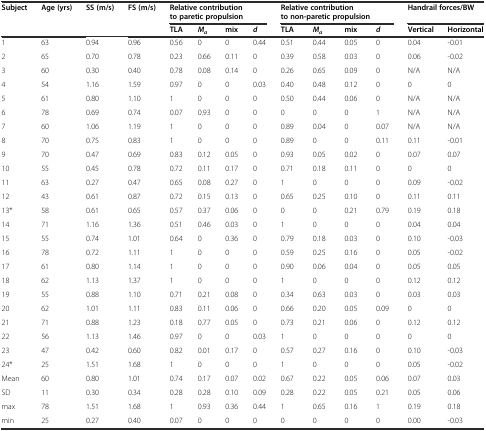
<table><thead><tr><td><b>Subject</b></td><td rowspan="2"><b>Age (yrs)</b></td><td><b>SS (m/s)</b></td><td><b>FS (m/s)</b></td><td colspan="4"><b>Relative contribution to paretic propulsion</b></td><td colspan="4"><b>Relative contribution to non-paretic propulsion</b></td><td colspan="2"><b>Handrail forces/BW</b></td></tr><tr><td></td><td></td><td></td><td><b>TLA</b></td><td><b><i>M</i><sub><i>a</i></sub></b></td><td><b>mix</b></td><td><b><i>d</i></b></td><td><b>TLA</b></td><td><b><i>M</i><sub><i>a</i></sub></b></td><td><b>mix</b></td><td><b><i>d</i></b></td><td><b>Vertical</b></td><td><b>Horizontal</b></td></tr></thead><tbody><tr><td>1</td><td>63</td><td>0.94</td><td>0.96</td><td>0.56</td><td>0</td><td>0</td><td>0.44</td><td>0.51</td><td>0.44</td><td>0.05</td><td>0</td><td>0.04</td><td>-0.01</td></tr><tr><td>2</td><td>65</td><td>0.70</td><td>0.78</td><td>0.23</td><td>0.66</td><td>0.11</td><td>0</td><td>0.39</td><td>0.58</td><td>0.03</td><td>0</td><td>0.06</td><td>-0.02</td></tr><tr><td>3</td><td>60</td><td>0.30</td><td>0.40</td><td>0.78</td><td>0.08</td><td>0.14</td><td>0</td><td>0.26</td><td>0.65</td><td>0.09</td><td>0</td><td>N/A</td><td>N/A</td></tr><tr><td>4</td><td>54</td><td>1.16</td><td>1.59</td><td>0.97</td><td>0</td><td>0</td><td>0.03</td><td>0.40</td><td>0.48</td><td>0.12</td><td>0</td><td>0</td><td>0</td></tr><tr><td>5</td><td>61</td><td>0.80</td><td>1.10</td><td>1</td><td>0</td><td>0</td><td>0</td><td>0.50</td><td>0.44</td><td>0.06</td><td>0</td><td>N/A</td><td>N/A</td></tr><tr><td>6</td><td>78</td><td>0.69</td><td>0.74</td><td>0.07</td><td>0.93</td><td>0</td><td>0</td><td>0</td><td>0</td><td>0</td><td>1</td><td>N/A</td><td>N/A</td></tr><tr><td>7</td><td>60</td><td>1.06</td><td>1.19</td><td>1</td><td>0</td><td>0</td><td>0</td><td>0.89</td><td>0.04</td><td>0</td><td>0.07</td><td>N/A</td><td>N/A</td></tr><tr><td>8</td><td>70</td><td>0.75</td><td>0.83</td><td>1</td><td>0</td><td>0</td><td>0</td><td>0.89</td><td>0</td><td>0</td><td>0.11</td><td>0.11</td><td>-0.01</td></tr><tr><td>9</td><td>70</td><td>0.47</td><td>0.69</td><td>0.83</td><td>0.12</td><td>0.05</td><td>0</td><td>0.93</td><td>0.05</td><td>0.02</td><td>0</td><td>0.07</td><td>0.07</td></tr><tr><td>10</td><td>55</td><td>0.45</td><td>0.78</td><td>0.72</td><td>0.11</td><td>0.17</td><td>0</td><td>0.71</td><td>0.18</td><td>0.11</td><td>0</td><td>0</td><td>0</td></tr><tr><td>11</td><td>63</td><td>0.27</td><td>0.47</td><td>0.65</td><td>0.08</td><td>0.27</td><td>0</td><td>1</td><td>0</td><td>0</td><td>0</td><td>0.09</td><td>-0.02</td></tr><tr><td>12</td><td>43</td><td>0.61</td><td>0.87</td><td>0.72</td><td>0.15</td><td>0.13</td><td>0</td><td>0.65</td><td>0.25</td><td>0.10</td><td>0</td><td>0.11</td><td>0.11</td></tr><tr><td>13*</td><td>58</td><td>0.61</td><td>0.65</td><td>0.57</td><td>0.37</td><td>0.06</td><td>0</td><td>0</td><td>0</td><td>0.21</td><td>0.79</td><td>0.19</td><td>0.18</td></tr><tr><td>14</td><td>71</td><td>1.16</td><td>1.36</td><td>0.51</td><td>0.46</td><td>0.03</td><td>0</td><td>1</td><td>0</td><td>0</td><td>0</td><td>0.04</td><td>0.04</td></tr><tr><td>15</td><td>55</td><td>0.74</td><td>1.01</td><td>0.64</td><td>0</td><td>0.36</td><td>0</td><td>0.79</td><td>0.18</td><td>0.03</td><td>0</td><td>0.10</td><td>-0.03</td></tr><tr><td>16</td><td>78</td><td>0.72</td><td>1.11</td><td>1</td><td>0</td><td>0</td><td>0</td><td>0.59</td><td>0.25</td><td>0.16</td><td>0</td><td>0.05</td><td>-0.02</td></tr><tr><td>17</td><td>61</td><td>0.80</td><td>1.14</td><td>1</td><td>0</td><td>0</td><td>0</td><td>0.90</td><td>0.06</td><td>0.04</td><td>0</td><td>0.05</td><td>0.05</td></tr><tr><td>18</td><td>62</td><td>1.13</td><td>1.37</td><td>1</td><td>0</td><td>0</td><td>0</td><td>1</td><td>0</td><td>0</td><td>0</td><td>0.12</td><td>0.12</td></tr><tr><td>19</td><td>55</td><td>0.88</td><td>1.10</td><td>0.71</td><td>0.21</td><td>0.08</td><td>0</td><td>0.34</td><td>0.63</td><td>0.03</td><td>0</td><td>0.03</td><td>0.03</td></tr><tr><td>20</td><td>62</td><td>1.01</td><td>1.11</td><td>0.83</td><td>0.11</td><td>0.06</td><td>0</td><td>0.66</td><td>0.20</td><td>0.05</td><td>0.09</td><td>0</td><td>0</td></tr><tr><td>21</td><td>71</td><td>0.88</td><td>1.23</td><td>0.18</td><td>0.77</td><td>0.05</td><td>0</td><td>0.73</td><td>0.21</td><td>0.06</td><td>0</td><td>0.12</td><td>0.12</td></tr><tr><td>22</td><td>56</td><td>1.13</td><td>1.46</td><td>0.97</td><td>0</td><td>0</td><td>0.03</td><td>1</td><td>0</td><td>0</td><td>0</td><td>0</td><td>0</td></tr><tr><td>23</td><td>47</td><td>0.42</td><td>0.60</td><td>0.82</td><td>0.01</td><td>0.17</td><td>0</td><td>0.57</td><td>0.27</td><td>0.16</td><td>0</td><td>0.10</td><td>-0.03</td></tr><tr><td>24*</td><td>25</td><td>1.51</td><td>1.68</td><td>1</td><td>0</td><td>0</td><td>0</td><td>1</td><td>0</td><td>0</td><td>0</td><td>0.05</td><td>-0.02</td></tr><tr><td>Mean</td><td>60</td><td>0.80</td><td>1.01</td><td>0.74</td><td>0.17</td><td>0.07</td><td>0.02</td><td>0.67</td><td>0.22</td><td>0.05</td><td>0.06</td><td>0.07</td><td>0.03</td></tr><tr><td>SD</td><td>11</td><td>0.30</td><td>0.34</td><td>0.28</td><td>0.28</td><td>0.10</td><td>0.09</td><td>0.28</td><td>0.22</td><td>0.05</td><td>0.21</td><td>0.05</td><td>0.06</td></tr><tr><td>max</td><td>78</td><td>1.51</td><td>1.68</td><td>1</td><td>0.93</td><td>0.36</td><td>0.44</td><td>1</td><td>0.65</td><td>0.16</td><td>1</td><td>0.19</td><td>0.18</td></tr><tr><td>min</td><td>25</td><td>0.27</td><td>0.40</td><td>0.07</td><td>0</td><td>0</td><td>0</td><td>0</td><td>0</td><td>0</td><td>0</td><td>0.00</td><td>-0.03</td></tr></tbody></table>